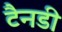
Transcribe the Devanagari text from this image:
टैनडी